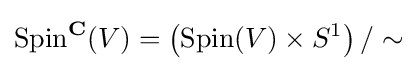
\operatorname {Spin} ^{\mathbf {C} }(V)=\left(\operatorname {Spin} (V)\times S^{1}\right)/\sim